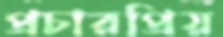
প্রচারপ্রিয়